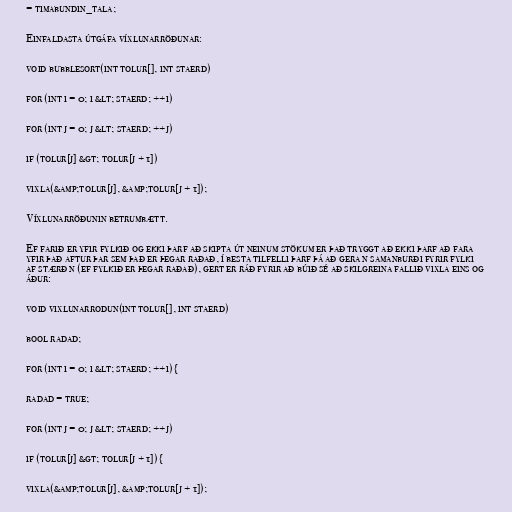
= timabundin_tala;

Einfaldasta útgáfa víxlunarröðunar:

void bubblesort(int tolur[], int staerd)

for (int i = 0; i &lt; staerd; ++i)

for (int j = 0; j &lt; staerd; ++j)

if (tolur[j] &gt; tolur[j + 1])

vixla(&amp;tolur[j], &amp;tolur[j + 1]);

Víxlunarröðunin betrumbætt.

Ef farið er yfir fylkið og ekki þarf að skipta út neinum stökum er það tryggt að ekki þarf að fara
yfir það aftur þar sem það er þegar raðað, í besta tilfelli þarf þá að gera n samanburði fyrir fylki
af stærð n (ef fylkið er þegar raðað), gert er ráð fyrir að búið sé að skilgreina fallið vixla eins og
áður:

void vixlunarrodun(int tolur[], int staerd)

bool radad;

for (int i = 0; i &lt; staerd; ++i) {

radad = true;

for (int j = 0; j &lt; staerd; ++j)

if (tolur[j] &gt; tolur[j + 1]) {

vixla(&amp;tolur[j], &amp;tolur[j + 1]);